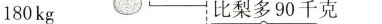
180kg 比梨多90千克